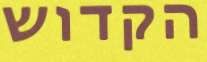
הקדוש